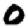
Digit: 0